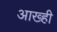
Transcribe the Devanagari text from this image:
आख्ही